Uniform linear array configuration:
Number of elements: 48
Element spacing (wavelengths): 1
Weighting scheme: cosine
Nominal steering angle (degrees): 60
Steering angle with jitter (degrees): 59.882
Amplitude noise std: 0.05
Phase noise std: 0.05

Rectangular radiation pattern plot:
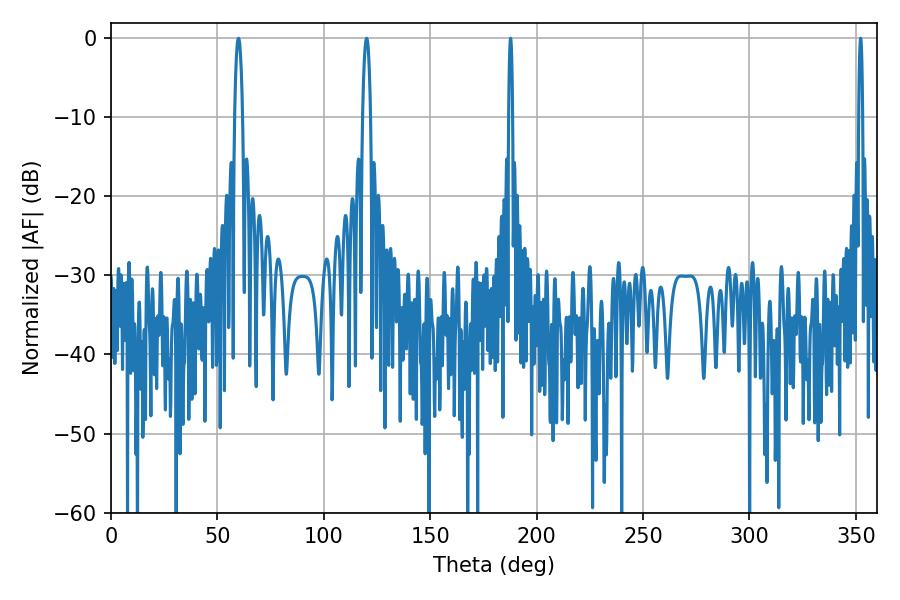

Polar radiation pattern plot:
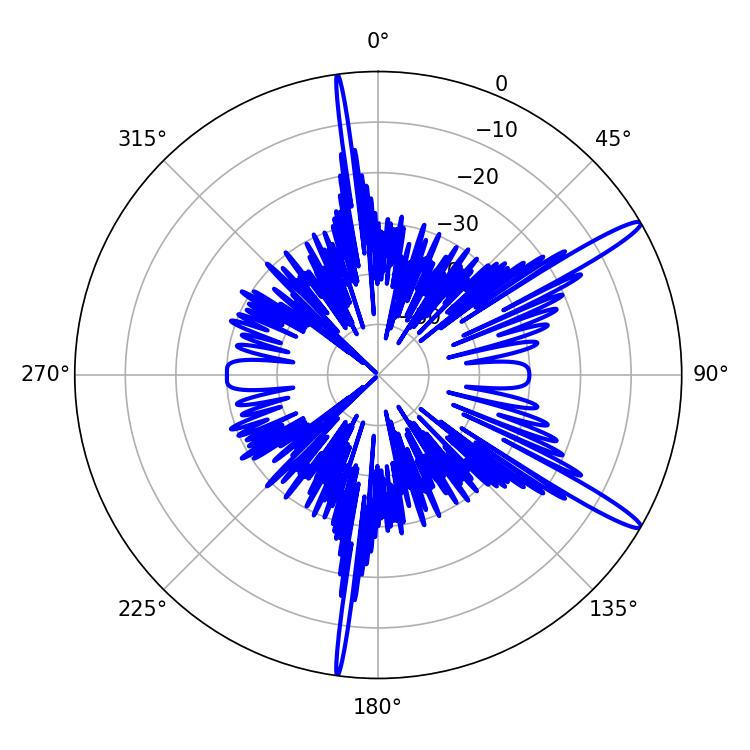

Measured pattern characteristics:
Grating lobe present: TRUE
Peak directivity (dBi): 14.781
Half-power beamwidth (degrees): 1.08
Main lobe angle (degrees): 187.74